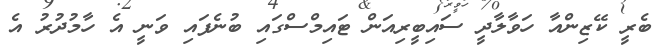
ބެރީ ކޭޒިންއާ ހަވާލާދީ ސައިބީރިއަން ޓައިމްސްގައި ބުނެފައި ވަނީ އެ ހާމުދުރު އެ